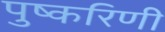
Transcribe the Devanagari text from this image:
पुष्‍करिणी